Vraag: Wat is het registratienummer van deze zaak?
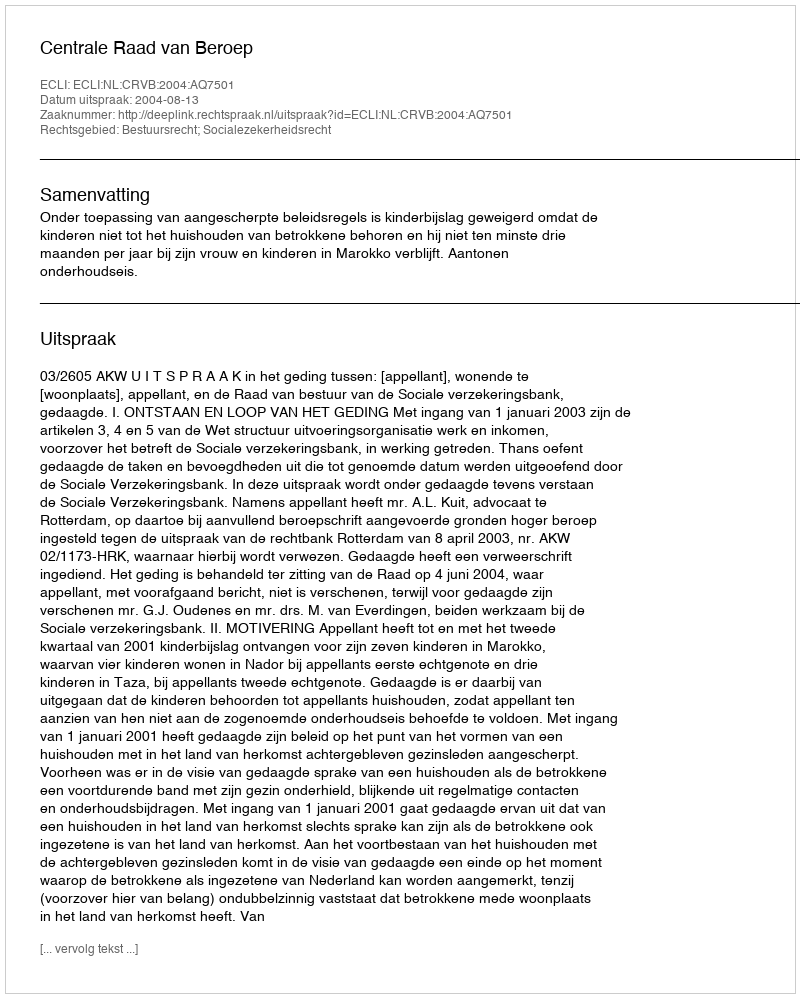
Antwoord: http://deeplink.rechtspraak.nl/uitspraak?id=ECLI:NL:CRVB:2004:AQ7501